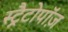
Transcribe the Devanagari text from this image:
स्ट्रैटोपॉज़